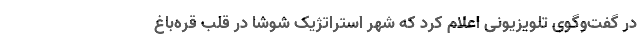
در گفت‌وگوی تلویزیونی اعلام کرد که شهر استراتژیک شوشا در قلب قره‌باغ